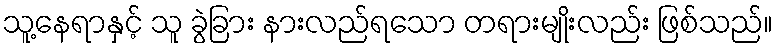
သူ့နေရာနှင့် သူ ခွဲခြား နားလည်ရသော တရားမျိုးလည်း ဖြစ်သည်။